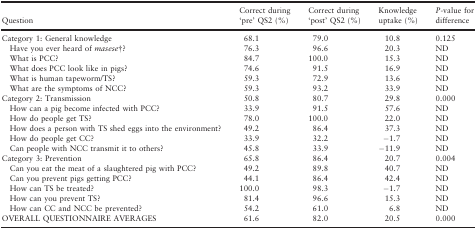
| Question | Correct during ‘pre’ QS2 (%) | Correct during ‘post’ QS2 (%) | Knowledge uptake (%) | P‐value for difference |
 | --- | --- | --- | --- | --- |
 | Category 1: General knowledge | 68.1 | 79.0 | 10.8 | 0.125 |
 | Have you ever heard of masesea? | 76.3 | 96.6 | 20.3 | ND |
 | What is PCC? | 84.7 | 100.0 | 15.3 | ND |
 | What does PCC look like in pigs? | 74.6 | 91.5 | 16.9 | ND |
 | What is human tapeworm/TS? | 59.3 | 72.9 | 13.6 | ND |
 | What are the symptoms of NCC? | 59.3 | 93.2 | 33.9 | ND |
 | Category 2: Transmission | 50.8 | 80.7 | 29.8 | 0.000 |
 | How can a pig become infected with PCC? | 33.9 | 91.5 | 57.6 | ND |
 | How do people get TS? | 78.0 | 100.0 | 22.0 | ND |
 | How does a person with TS shed eggs into the environment? | 49.2 | 86.4 | 37.3 | ND |
 | How do people get CC? | 33.9 | 32.2 | −1.7 | ND |
 | Can people with NCC transmit it to others? | 45.8 | 33.9 | −11.9 | ND |
 | Category 3: Prevention | 65.8 | 86.4 | 20.7 | 0.004 |
 | Can you eat the meat of a slaughtered pig with PCC? | 49.2 | 89.8 | 40.7 | ND |
 | Can you prevent pigs getting PCC? | 44.1 | 86.4 | 42.4 | ND |
 | How can TS be treated? | 100.0 | 98.3 | −1.7 | ND |
 | How can you prevent TS? | 81.4 | 96.6 | 15.3 | ND |
 | How can CC and NCC be prevented? | 54.2 | 61.0 | 6.8 | ND |
 | OVERALL QUESTIONNAIRE AVERAGES | 61.6 | 82.0 | 20.5 | 0.000 |